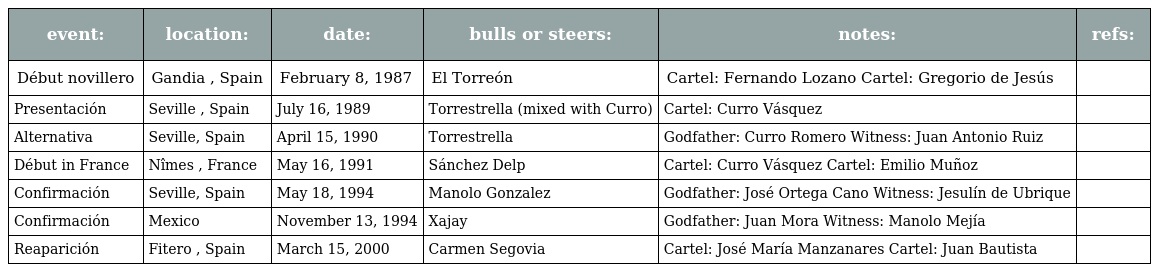
| event: | location: | date: | bulls or steers: | notes: | refs: |
 | --- | --- | --- | --- | --- | --- |
 | Début novillero | Gandia , Spain | February 8, 1987 | El Torreón | Cartel: Fernando Lozano Cartel: Gregorio de Jesús |  |
 | Presentación | Seville , Spain | July 16, 1989 | Torrestrella (mixed with Curro) | Cartel: Curro Vásquez |  |
 | Alternativa | Seville, Spain | April 15, 1990 | Torrestrella | Godfather: Curro Romero Witness: Juan Antonio Ruiz |  |
 | Début in France | Nîmes , France | May 16, 1991 | Sánchez Delp | Cartel: Curro Vásquez Cartel: Emilio Muñoz |  |
 | Confirmación | Seville, Spain | May 18, 1994 | Manolo Gonzalez | Godfather: José Ortega Cano Witness: Jesulín de Ubrique |  |
 | Confirmación | Mexico | November 13, 1994 | Xajay | Godfather: Juan Mora Witness: Manolo Mejía |  |
 | Reaparición | Fitero , Spain | March 15, 2000 | Carmen Segovia | Cartel: José María Manzanares Cartel: Juan Bautista |  |